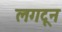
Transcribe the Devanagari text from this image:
लगटून